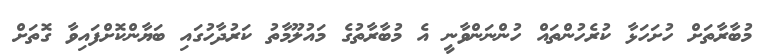
މުބާރާތަށް ހުށަހަޅާ ކުރެހުންތައް ހުންނަންވާނީ އެ މުބާރާތުގެ މައުލޫމާތު ކަރުދާހުގައި ބަޔާންކޮށްފައިވާ ގޮތަށް